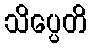
သိပ္ပေတိ